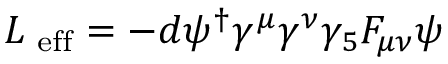
{ \cal L } _ { \mathrm { \scriptsize ~ e f f } } = - d \psi ^ { \dagger } \gamma ^ { \mu } \gamma ^ { \nu } \gamma _ { 5 } F _ { \mu \nu } \psi